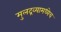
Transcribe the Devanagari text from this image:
मुलद्रव्यामध्येच